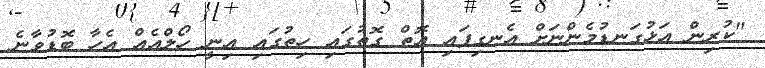
"ކުރިން އަޅުގަނޑުމެންނަށް އެނގިފައި އޮތް ގޮތުގައި ހިތުގައި އިނީ ހޯލްއެއް އެހާ ބޮޑުވާނެ